Annual report of the Imperial Bacteriological Laboratory, Muktesar
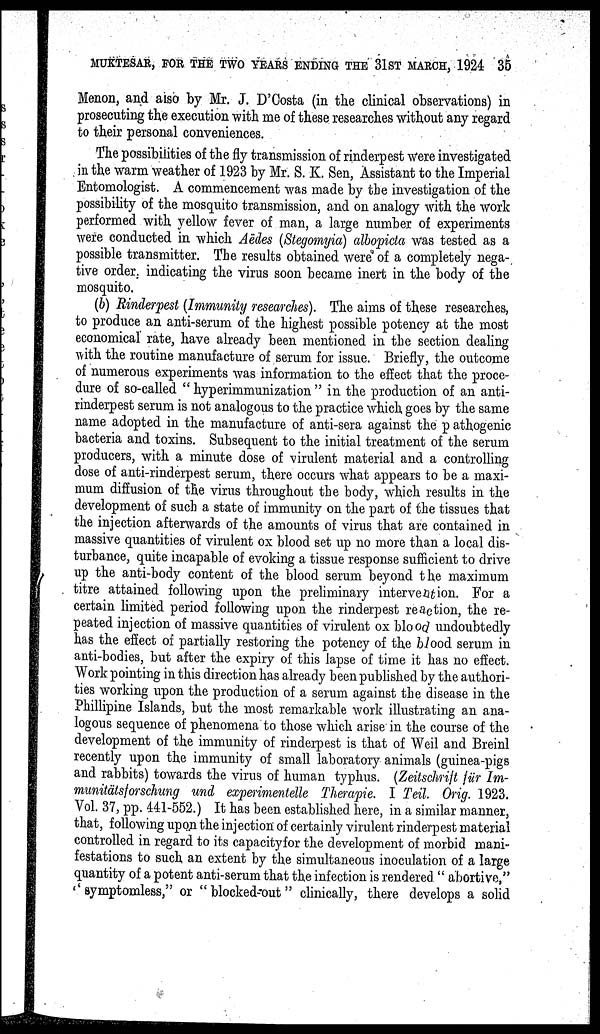
MUKTESAR, FOR THE TWO YEARS ENDING THE 31ST MARCH, 1924 35
Menon, and also by Mr. J. D'Costa (in the clinical observations) in
prosecuting the execution with me of these researches without any regard
to their personal conveniences.
The possibilities of the fly transmission of rinderpest were investigated
in the warm weather of 1923 by Mr. S. K. Sen, Assistant to the Imperial
Entomologist. A commencement was made by the investigation of the
possibility of the mosquito transmission, and on analogy with the work
performed with yellow fever of man, a large number of experiments
were conducted in which Aëdes (Stegomyia) albopicta was tested as a
possible transmitter. The results obtained were of a completely nega-
tive order, indicating the virus soon became inert in the body of the
mosquito.
(b) Rinderpest (Immunity researches). The aims of these researches,
to produce an anti-serum of the highest possible potency at the most
economical rate, have already been mentioned in the section dealing
with the routine manufacture of serum for issue. Briefly, the outcome
of numerous experiments was information to the effect that the proce-
dure of so-called " hyperimmunization " in the production of an anti-
rinderpest serum is not analogous to the practice which goes by the same
name adopted in the manufacture of anti-sera against the pathogenic
bacteria and toxins. Subsequent to the initial treatment of the serum
producers, with a minute dose of virulent material and a controlling
dose of anti-rinderpest serum, there occurs what appears to be a maxi-
mum diffusion of the virus throughout the body, which results in the
development of such a state of immunity on the part of the tissues that
the injection afterwards of the amounts of virus that are contained in
massive quantities of virulent ox blood set up no more than a local dis-
turbance, quite incapable of evoking a tissue response sufficient to drive
up the anti-body content of the blood serum beyond the maximum
titre attained following upon the preliminary intervention. For a
certain limited period following upon the rinderpest reaction, the re-
peated injection of massive quantities of virulent ox blood undoubtedly
has the effect of partially restoring the potency of the blood serum in
anti-bodies, but after the expiry of this lapse of time it has no effect.
Work pointing in this direction has already been published by the authori-
ties working upon the production of a serum against the disease in the
Phillipine Islands, but the most remarkable work illustrating an ana-
logous sequence of phenomena to those which arise in the course of the
development of the immunity of rinderpest is that of Weil and Breinl
recently upon the immunity of small laboratory animals (guinea-pigs
and rabbits) towards the virus of human typhus. (Zeitschrift für Im¬
munitätsforschung und experimentelle Therapie. I Teil. Orig. 1923.
Vol. 37, pp. 441-552.) It has been established here, in a similar manner,
that, following upon the injection of certainly virulent rinderpest material
controlled in regard to its capacity for the development of morbid mani-
festations to such an extent by the simultaneous inoculation of a large
quantity of a potent anti-serum that the infection is rendered " abortive,"
''symptomless," or "blocked-out" clinically, there develops a solid